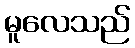
မူလေသည်